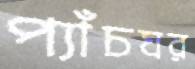
প্যাঁচঘর